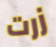
زرت